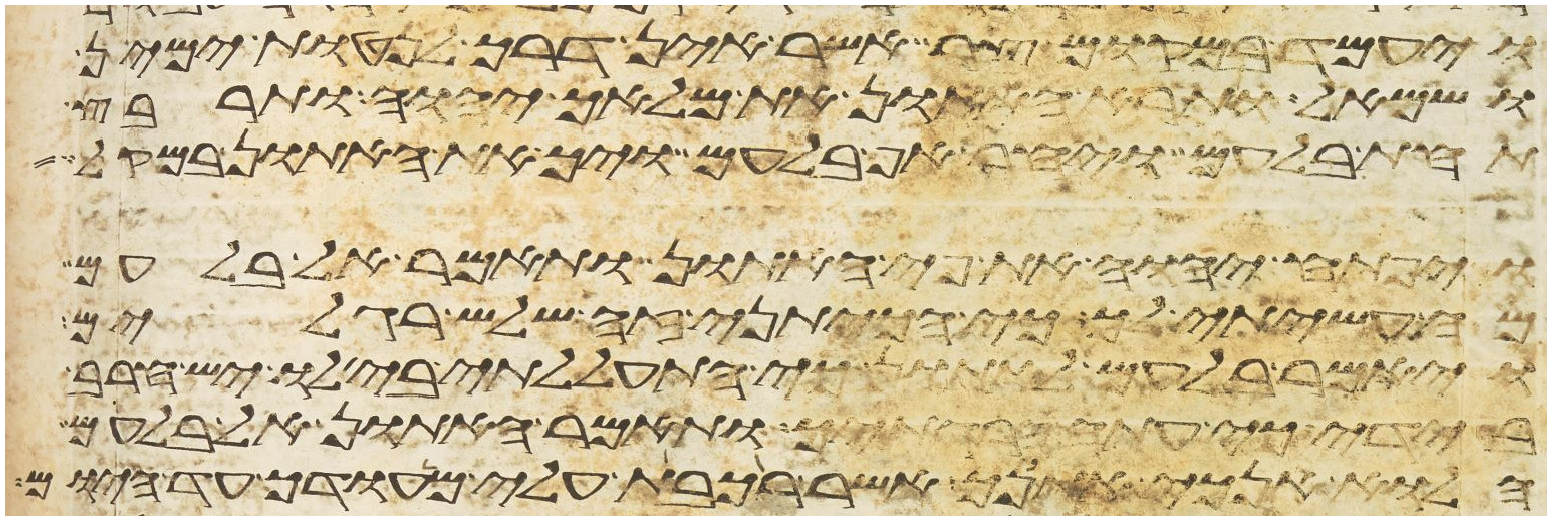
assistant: ויעמד במקום צר אשר אין דרך לנטות ימין
ושמאל ותרא האתון את מלאך יהוה ותרבץ
תחת בלעם ויחר אף בלעם ויך את האתון במקל
ויפתח יהוה את פי האתון ותאמר אל בלעם
מה עשיתי לך כי הכיתני זה שלש רגלים
ויאמר בלעם לאתון כי התעללתי בי לו יש חרב
בידי כי עתה הרגתיך ותאמר האתון אל בלעם
הלוא אנכי אתנך אשר רכבת עלי מהודך עד היום